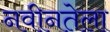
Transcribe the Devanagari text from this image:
नवीनतेला